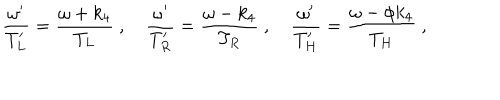
{ \frac { \omega ^ { \prime } } { T _ { L } ^ { \prime } } } = { \frac { \omega + k _ { 4 } } { T _ { L } } } \ , \quad { \frac { \omega ^ { \prime } } { T _ { R } ^ { \prime } } } = { \frac { \omega - k _ { 4 } } { T _ { R } } } \ , \quad { \frac { \omega ^ { \prime } } { T _ { H } ^ { \prime } } } = { \frac { \omega - \phi k _ { 4 } } { T _ { H } } } \ ,